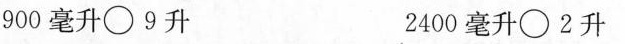
$$900毫升\bigcirc 9升$$ $$2400毫升\bigcirc 2升$$